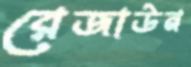
রেজাউন